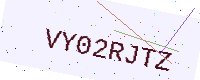
Text: VY02RJTZ